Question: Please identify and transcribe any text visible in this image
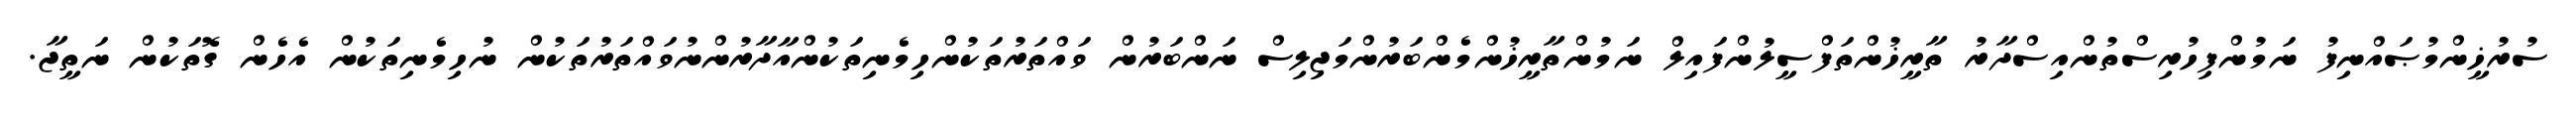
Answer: ސުރުޚީންމުޞައްނިފު ނަމުންފިހުރިސްތުންއިސްދާރު ތާރީޚުންތަފްސީލުންފައިލް ނަމުންތާރީޚުންމެންބަރުންމަޖިލިސް ނަންބަރުން ވައްތަރުތަކުންހިމެނިތަކުންއާދާރުންނުވައްތަރުތަކުން ނުހިމެނިތަކުން އެހެން ގޮތަކުން ނަތީޖާ.